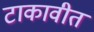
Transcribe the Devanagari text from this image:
टाकावीत